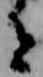
者